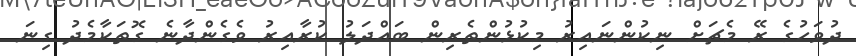
ދުވަހުގެ ރޭ މެޗަށް ނިކުންނައިރު މިކުޅުންތެރިން ބައްދަލު ކުރާއިރު ވެގެންދާނެ ގޮތަކާމެދު ގިނަ